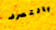
بالتصرف